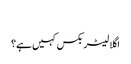
‬
‫اگلا لیٹر بکس کہیں ہے؟